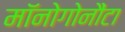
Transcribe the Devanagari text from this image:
मॉनोगोनौंटा